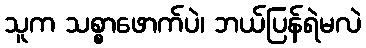
သူက သစ္စာဖောက်ပဲ၊ ဘယ်ပြန်ရဲမလဲ